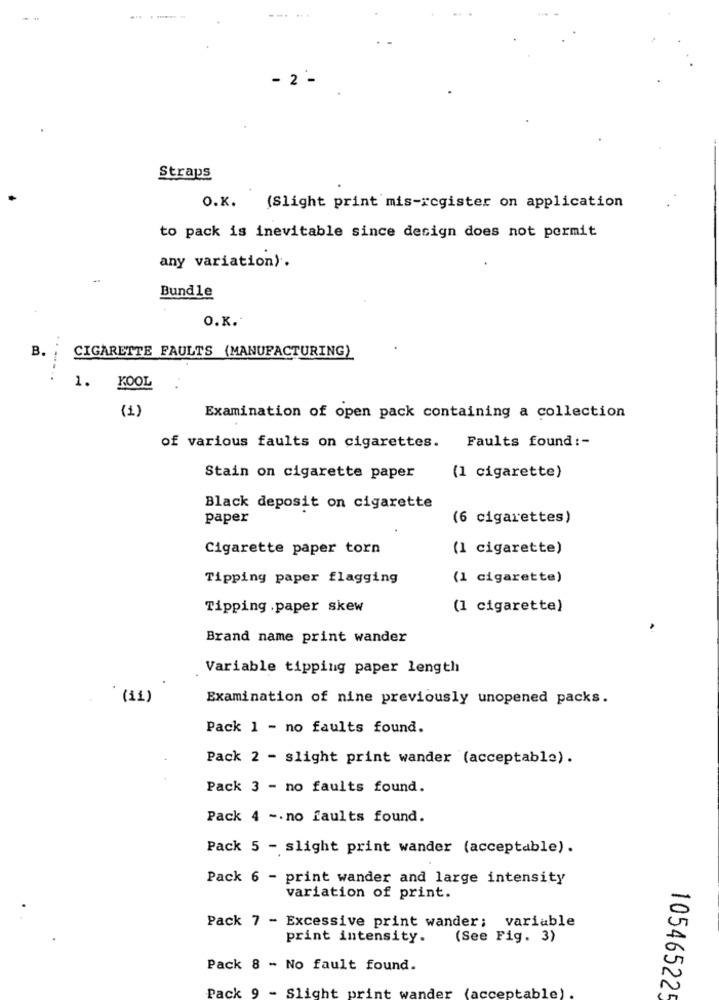
--. ..
... . .....
- 2 -
Straps
O.K. (Slight print mis-register on application
to pack is inevitable since design does not permit
any variation).
Bundle
O.K.
B.
CIGARETTE FAULTS (MANUFACTURING)
KOOL
1.
Examination of open pack containing a collection
of various faults on cigarettes. Faults found :-
Stain on cigarette paper
(1 cigarette)
Black deposit on cigarette
paper
(6 cigarettes)
Cigarette paper torn
(1 cigarette)
Tipping paper flagging
(1 cigarette)
Tipping .paper skew
(1 cigarette)
Brand name print wander
Variable tipping paper length
(11)
Examination of nine previously unopened packs.
Pack 1 - no faults found.
Pack 2 - slight print wander (acceptable).
Pack 3 - no faults found.
Pack 4 -. no faults found.
Pack 5 - slight print wander (acceptable).
Pack 6 - print wander and large intensity
variation of print.
Pack 7 - Excessive print wander; variable
print intensity.
(See Fig. 3)
Pack 8 - No fault found.
Pack 9 - Slight pr
10546522
nt wander (acceptable)